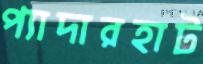
প্যাদারহাট